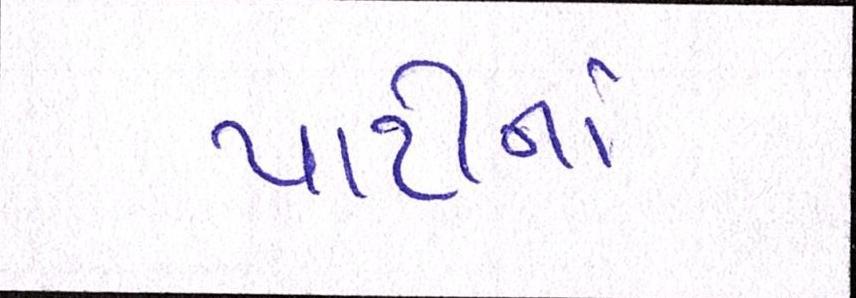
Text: પાર્ટીનાં